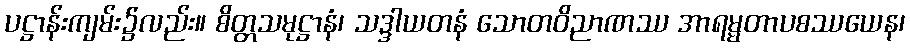
ပဋ္ဌာန်းကျမ်း၌လည်း။ စိတ္တသမုဋ္ဌာနံ၊ သဒ္ဒါယတနံ သောတဝိညာဏဿ အာရမ္မတာပစဿယေန၊